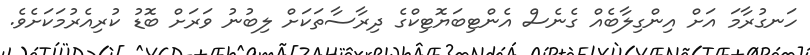
ހަނގުރާމަ އަށް އިންގިލާބެއް ގެނެސް އެންޓިބަޔޮޓިކްގެ ދިރާސާތަކަށް ލިބުނު ވަރަށް ބޮޑު ކުރިއެރުމަކަށެވެ.